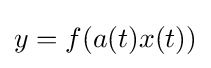
y=f(a(t)x(t))